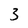
Character: 3